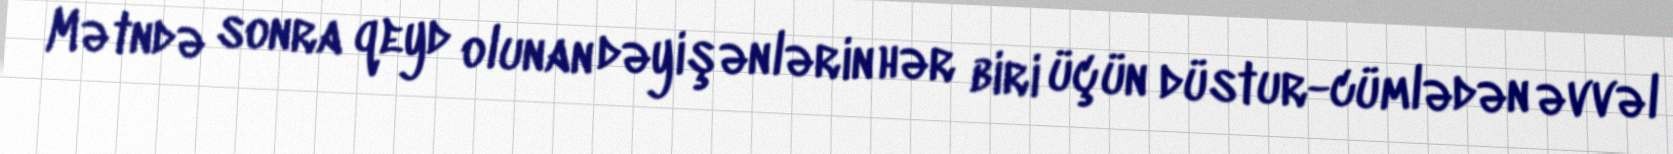
Mətndə sonra qeyd olunan dəyişənlərin hər biri üçün düstur-cümlədən əvvəl